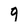
Character: 9